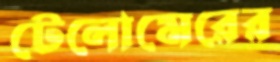
টেলোমেরের